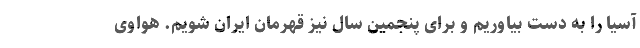
آسیا را به دست بیاوریم و برای پنجمین سال نیز قهرمان ایران شویم. هواوی